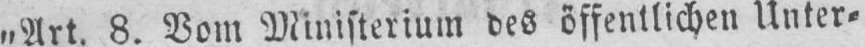
8. Vom Ministerium des öffentlichen Unter⸗